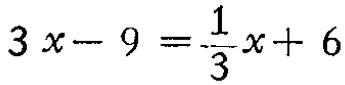
\(3x - 9 = \frac{1}{3}x + 6\)